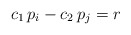
\begin{align*}c_1 \, p_i - c_2 \, p_j = r\end{align*}